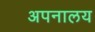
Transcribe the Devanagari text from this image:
अपनालय